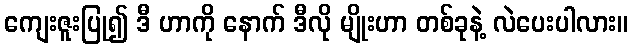
ကျေးဇူးပြု၍ ဒီ ဟာကို နောက် ဒီလို မျိုးဟာ တစ်ခုနဲ့ လဲပေးပါလား။